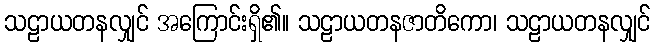
သဠာယတနလျှင် အကြောင်းရှိ၏။ သဠာယတနဇာတိကော၊ သဠာယတနလျှင်